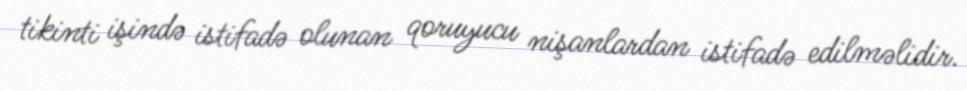
tikinti işində istifadə olunan qoruyucu nişanlardan istifadə edilməlidir.